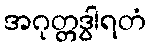
အဂုတ္တဒွါရတံ